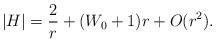
LaTeX: \begin{align*}|H| = \frac{2}{r} + (W_0 +1) r + O(r^2).\end{align*}